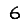
Digit: 6